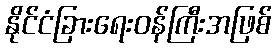
နိုင်ငံခြားရေးဝန်ကြီးအဖြစ်